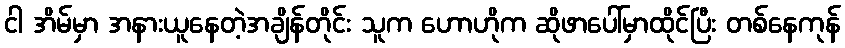
ငါ အိမ်မှာ အနားယူနေတဲ့အချိန်တိုင်း သူက ဟောဟိုက ဆိုဖာပေါ်မှာထိုင်ပြီး တစ်နေကုန်